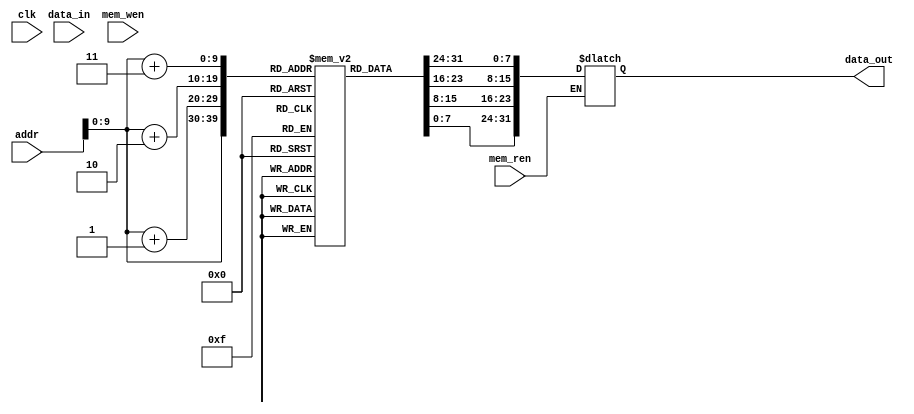

module memory(
    input clk,
    input [31:0] data_in,
    input [31:0] addr,
    input mem_ren,
    input mem_wen,
    output reg [31:0] data_out
);

reg [7:0] m [0:1023];

always @ (mem_ren, addr)
    if (mem_ren) data_out <= { m[addr + 3], m[addr + 2], m[addr + 1], m[addr] };

endmodule